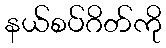
နယ်စပ်ဂိတ်ကို